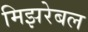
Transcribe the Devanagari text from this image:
मिझरेबल